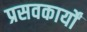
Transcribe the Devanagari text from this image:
प्रसवकार्यों